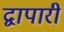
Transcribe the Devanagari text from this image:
द्वापारी